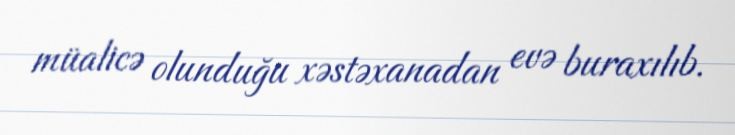
müalicə olunduğu xəstəxanadan evə buraxılıb.